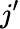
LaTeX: j^{\prime}